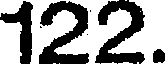
122.